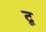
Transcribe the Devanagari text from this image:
दृ